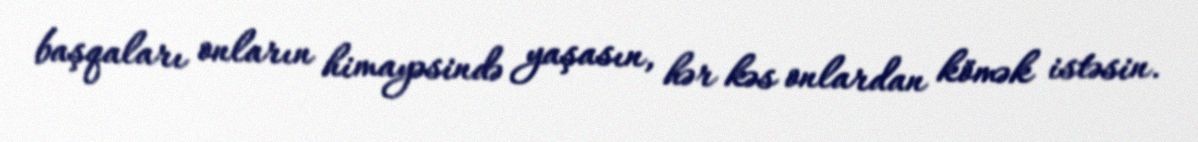
başqaları onların himayəsində yaşasın, hər kəs onlardan kömək istəsin.